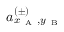
a _ { x _ { \mathrm { ~ A ~ } } , y _ { \mathrm { ~ B ~ } } } ^ { ( \pm ) }